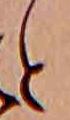
と